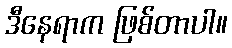
ဒီနေရာက ဖြစ်တာပါ။